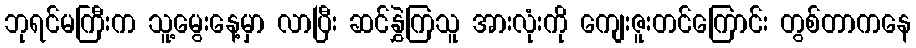
ဘုရင်မကြီးက သူ့မွေးနေ့မှာ လာပြီး ဆင်နွှဲကြသူ အားလုံးကို ကျေးဇူးတင်ကြောင်း တွစ်တာကနေ